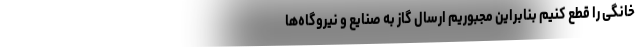
خانگی را قطع کنیم بنابراین مجبوریم ارسال گاز به صنایع و نیروگاه‌ها